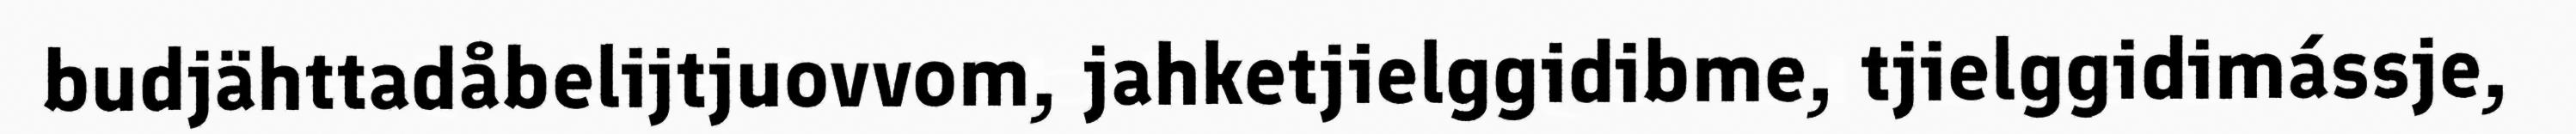
budjähttadåbelijtjuovvom, jahketjielggidibme, tjielggidimássje,